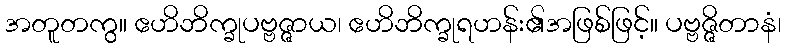
အတူတကွ။ ဧဟိဘိက္ခုပဗ္ဗဇ္ဇာယ၊ ဧဟိဘိက္ခုရဟန်း၏အဖြစ်ဖြင့်။ ပဗ္ဗဇ္ဇိတာနံ၊